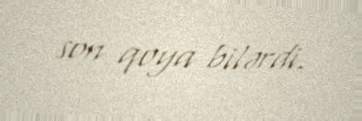
son qoya bilərdi.